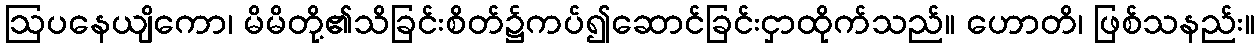
ဩပနေယျိကော၊ မိမိတို့၏သိခြင်းစိတ်၌ကပ်၍ဆောင်ခြင်းငှာထိုက်သည်။ ဟောတိ၊ ဖြစ်သနည်း။